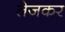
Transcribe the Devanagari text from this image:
तेजकर